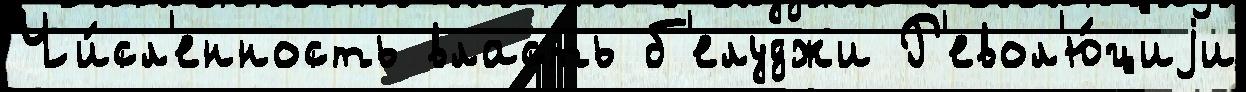
Чи́сл'енность власть б'елуджи Р'евол'ю́циjи